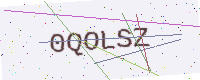
Text: 0QOLSZ